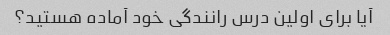
آیا برای اولین درس رانندگی خود آماده هستید؟